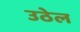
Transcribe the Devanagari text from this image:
उठेल